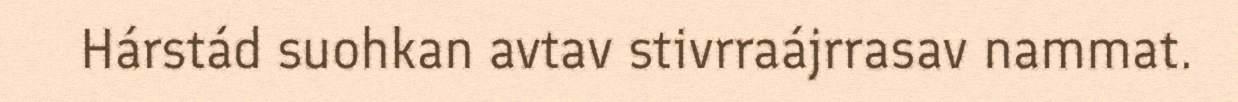
Hárstád suohkan avtav stivrraájrrasav nammat.